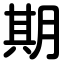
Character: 期